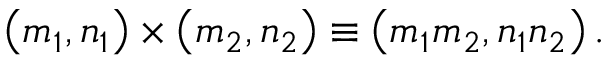
\left( m _ { 1 } , n _ { 1 } \right) \times \left( m _ { 2 } , n _ { 2 } \right) \equiv \left( m _ { 1 } m _ { 2 } , n _ { 1 } n _ { 2 } \right) .